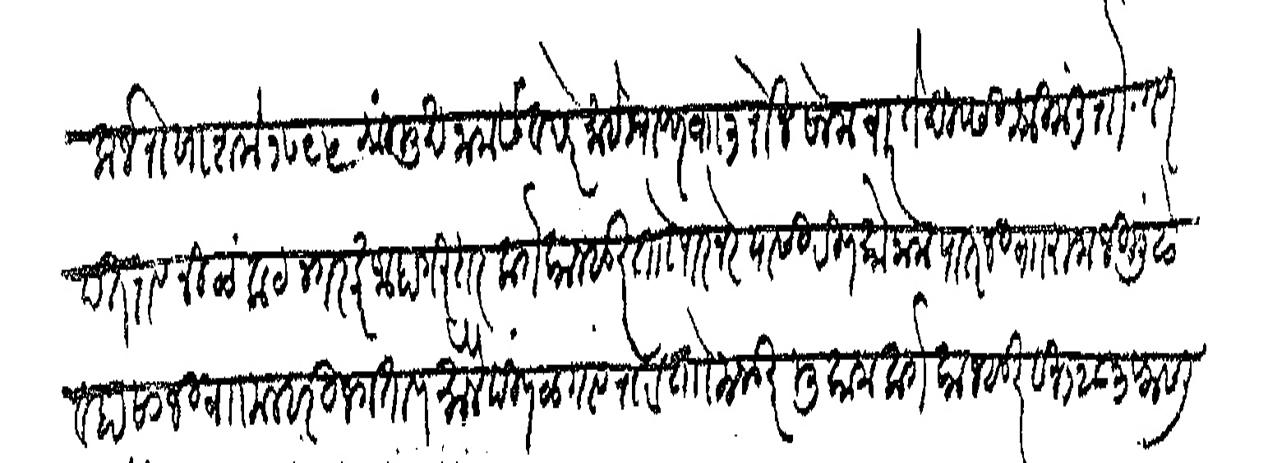
Transliteration (Devanagari): कर्जरोखा शके १७९५ श्रीमुख नाम संवछरे माहे श्रावण व ३ रोज सोमवार ते दिवसी श्रीमंत रा गण पतराव नीलकंठ नगरकर जाहागीरदार को कान्हूर तो पारनेर यासी रिणको नाम पाताजी व रामजी मुढे ३ हसाजी व मल्हारी जगताप मीजे पिंपळगाव रोटा तो मजकूर मुकाम काो कान्सूर सन १२८३ फसली